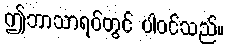
ဤဘာသာရပ်တွင် ပါဝင်သည်။